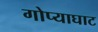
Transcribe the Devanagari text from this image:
गोप्याघाट